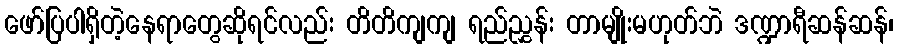
ဖော်ပြပါရှိတဲ့နေရာတွေဆိုရင်လည်း တိတိကျကျ ရည်ညွှန်း တာမျိုးမဟုတ်ဘဲ ဒဏ္ဍာရီဆန်ဆန်၊